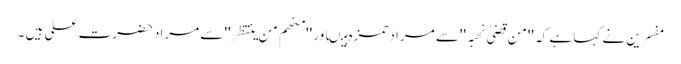
مفسرین نے کہا ہے کہ ''من قضیٰ نحبہ ''سے مرادحمزہ ہیںاور ''منھم من ینتظر'' سے مرادحضرت علی ہیں ۔